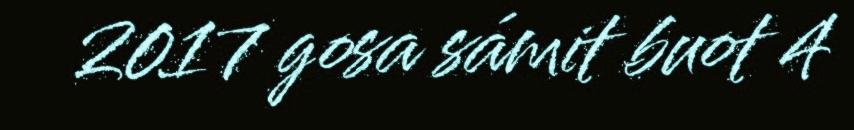
2017 gosa sámit buot 4